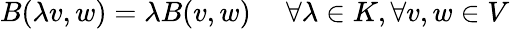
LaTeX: B(\lambda v,w)=\lambda B(v,w)\ \quad\forall\lambda\in K,\forall v,w\in V